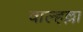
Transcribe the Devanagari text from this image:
वाल्हल्ला